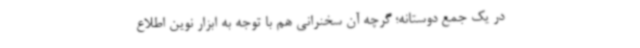
در یک جمع دوستانه؛ گرچه آن سخنرانی هم با توجه به ابزار نوین اطلاع